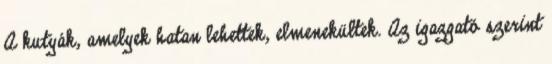
A kutyák, amelyek hatan lehettek, elmenekültek. Az igazgató szerint